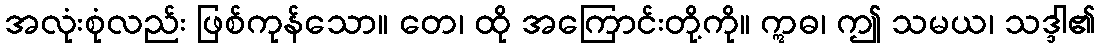
အလုံးစုံလည်း ဖြစ်ကုန်သော။ တေ၊ ထို အကြောင်းတို့ကို။ ဣဓ၊ ဤ သမယ၊ သဒ္ဒါ၏